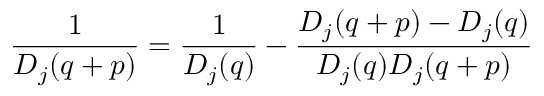
{ \frac { 1 } { D _ { j } ( q + p ) } } = { \frac { 1 } { D _ { j } ( q ) } } - { \frac { D _ { j } ( q + p ) - D _ { j } ( q ) } { D _ { j } ( q ) D _ { j } ( q + p ) } }